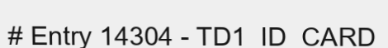
# Entry 14304 - TD1_ID_CARD